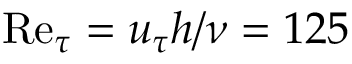
\mathrm { R e } _ { \tau } = u _ { \tau } h / \nu = 1 2 5